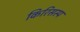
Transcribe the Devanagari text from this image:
किरिसस्प